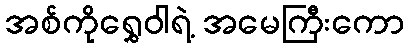
အစ်ကိုရွှေဝါရဲ့ အမေကြီးကော